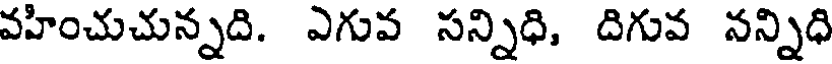
వహించుచున్నది. ఎగువ సన్నిధి, దిగువ నన్నిధి